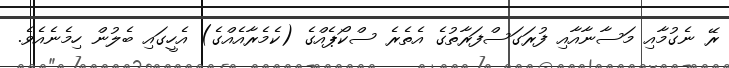
ރޭ ނެގުމާއި މަސާނާއާއި ފުރަގަސްފަރާތުގެ އެތެރެ ސްކޯޕެއްގެ (ކެމެރާއެއްގެ) އެހީގައި ބެލުން ހިމެނެއެވެ.